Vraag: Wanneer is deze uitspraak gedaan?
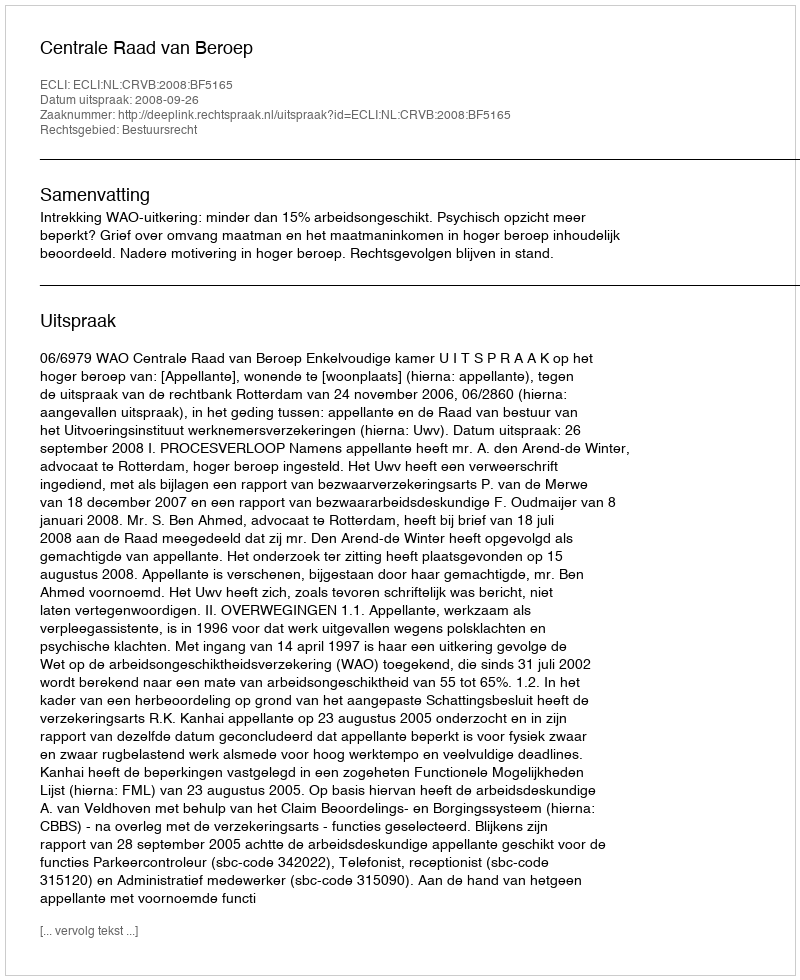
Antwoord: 2008-09-26